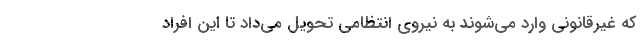
كه غيرقانوني وارد مي‌شوند به نيروي انتظامي تحويل مي‌داد تا اين افراد